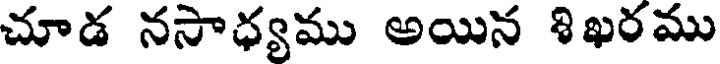
చూడ నసాధ్యము అయిన శిఖరము